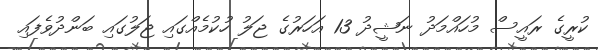
ކުރީގެ ރައީސް މުހައްމަދު ނަޝީދު 13 އަހަރުގެ ޖަލު ހުކުމެއްގައި ޖަލުގައި ބަންދުވެފައި